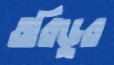
তরিডুর